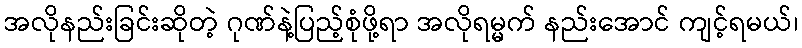
အလိုနည်းခြင်းဆိုတဲ့ ဂုဏ်နဲ့ပြည့်စုံဖို့ရာ အလိုရမ္မက် နည်းအောင် ကျင့်ရမယ်၊